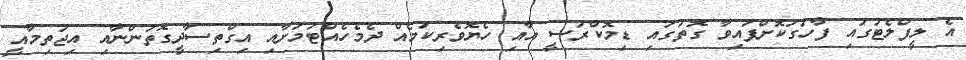
އެ ލީފްލެޓުގައި ފާހަގަކޮށްފައިވާ ގޮތުގައި ޑިމޮކްރަސީ އާއި ހެޔޮވެރިކަމެއް ދެމެހެއްޓުމަށާއި އިގްތިސާދީގޮތުންނާއި އިޖުތިމާއީ